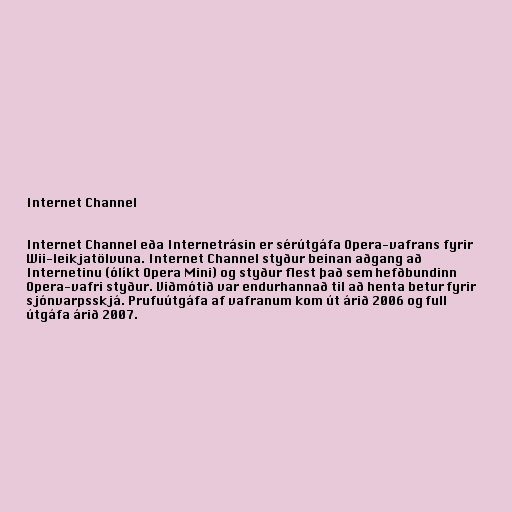
Internet Channel

Internet Channel eða Internetrásin er sérútgáfa Opera-vafrans fyrir
Wii-leikjatölvuna. Internet Channel styður beinan aðgang að
Internetinu (ólíkt Opera Mini) og styður flest það sem hefðbundinn
Opera-vafri styður. Viðmótið var endurhannað til að henta betur fyrir
sjónvarpsskjá. Prufuútgáfa af vafranum kom út árið 2006 og full
útgáfa árið 2007.